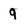
Character: 9